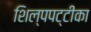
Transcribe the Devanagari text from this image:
शिल्पपट्टीका